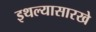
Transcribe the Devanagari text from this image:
इथल्यासारखे